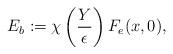
LaTeX: \begin{align*}E_b:=\chi\left(\frac{Y}{\epsilon}\right)F_e(x,0),\end{align*}